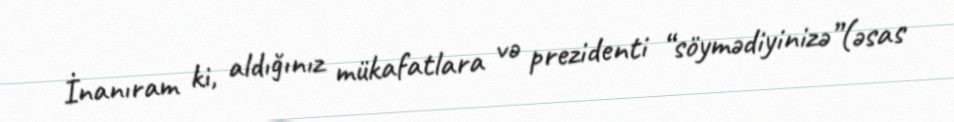
İnanıram ki, aldığınız mükafatlara və prezidenti “söymədiyinizə”(əsas